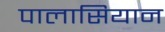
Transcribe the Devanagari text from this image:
पालासियान